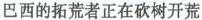
针对材料一提问：